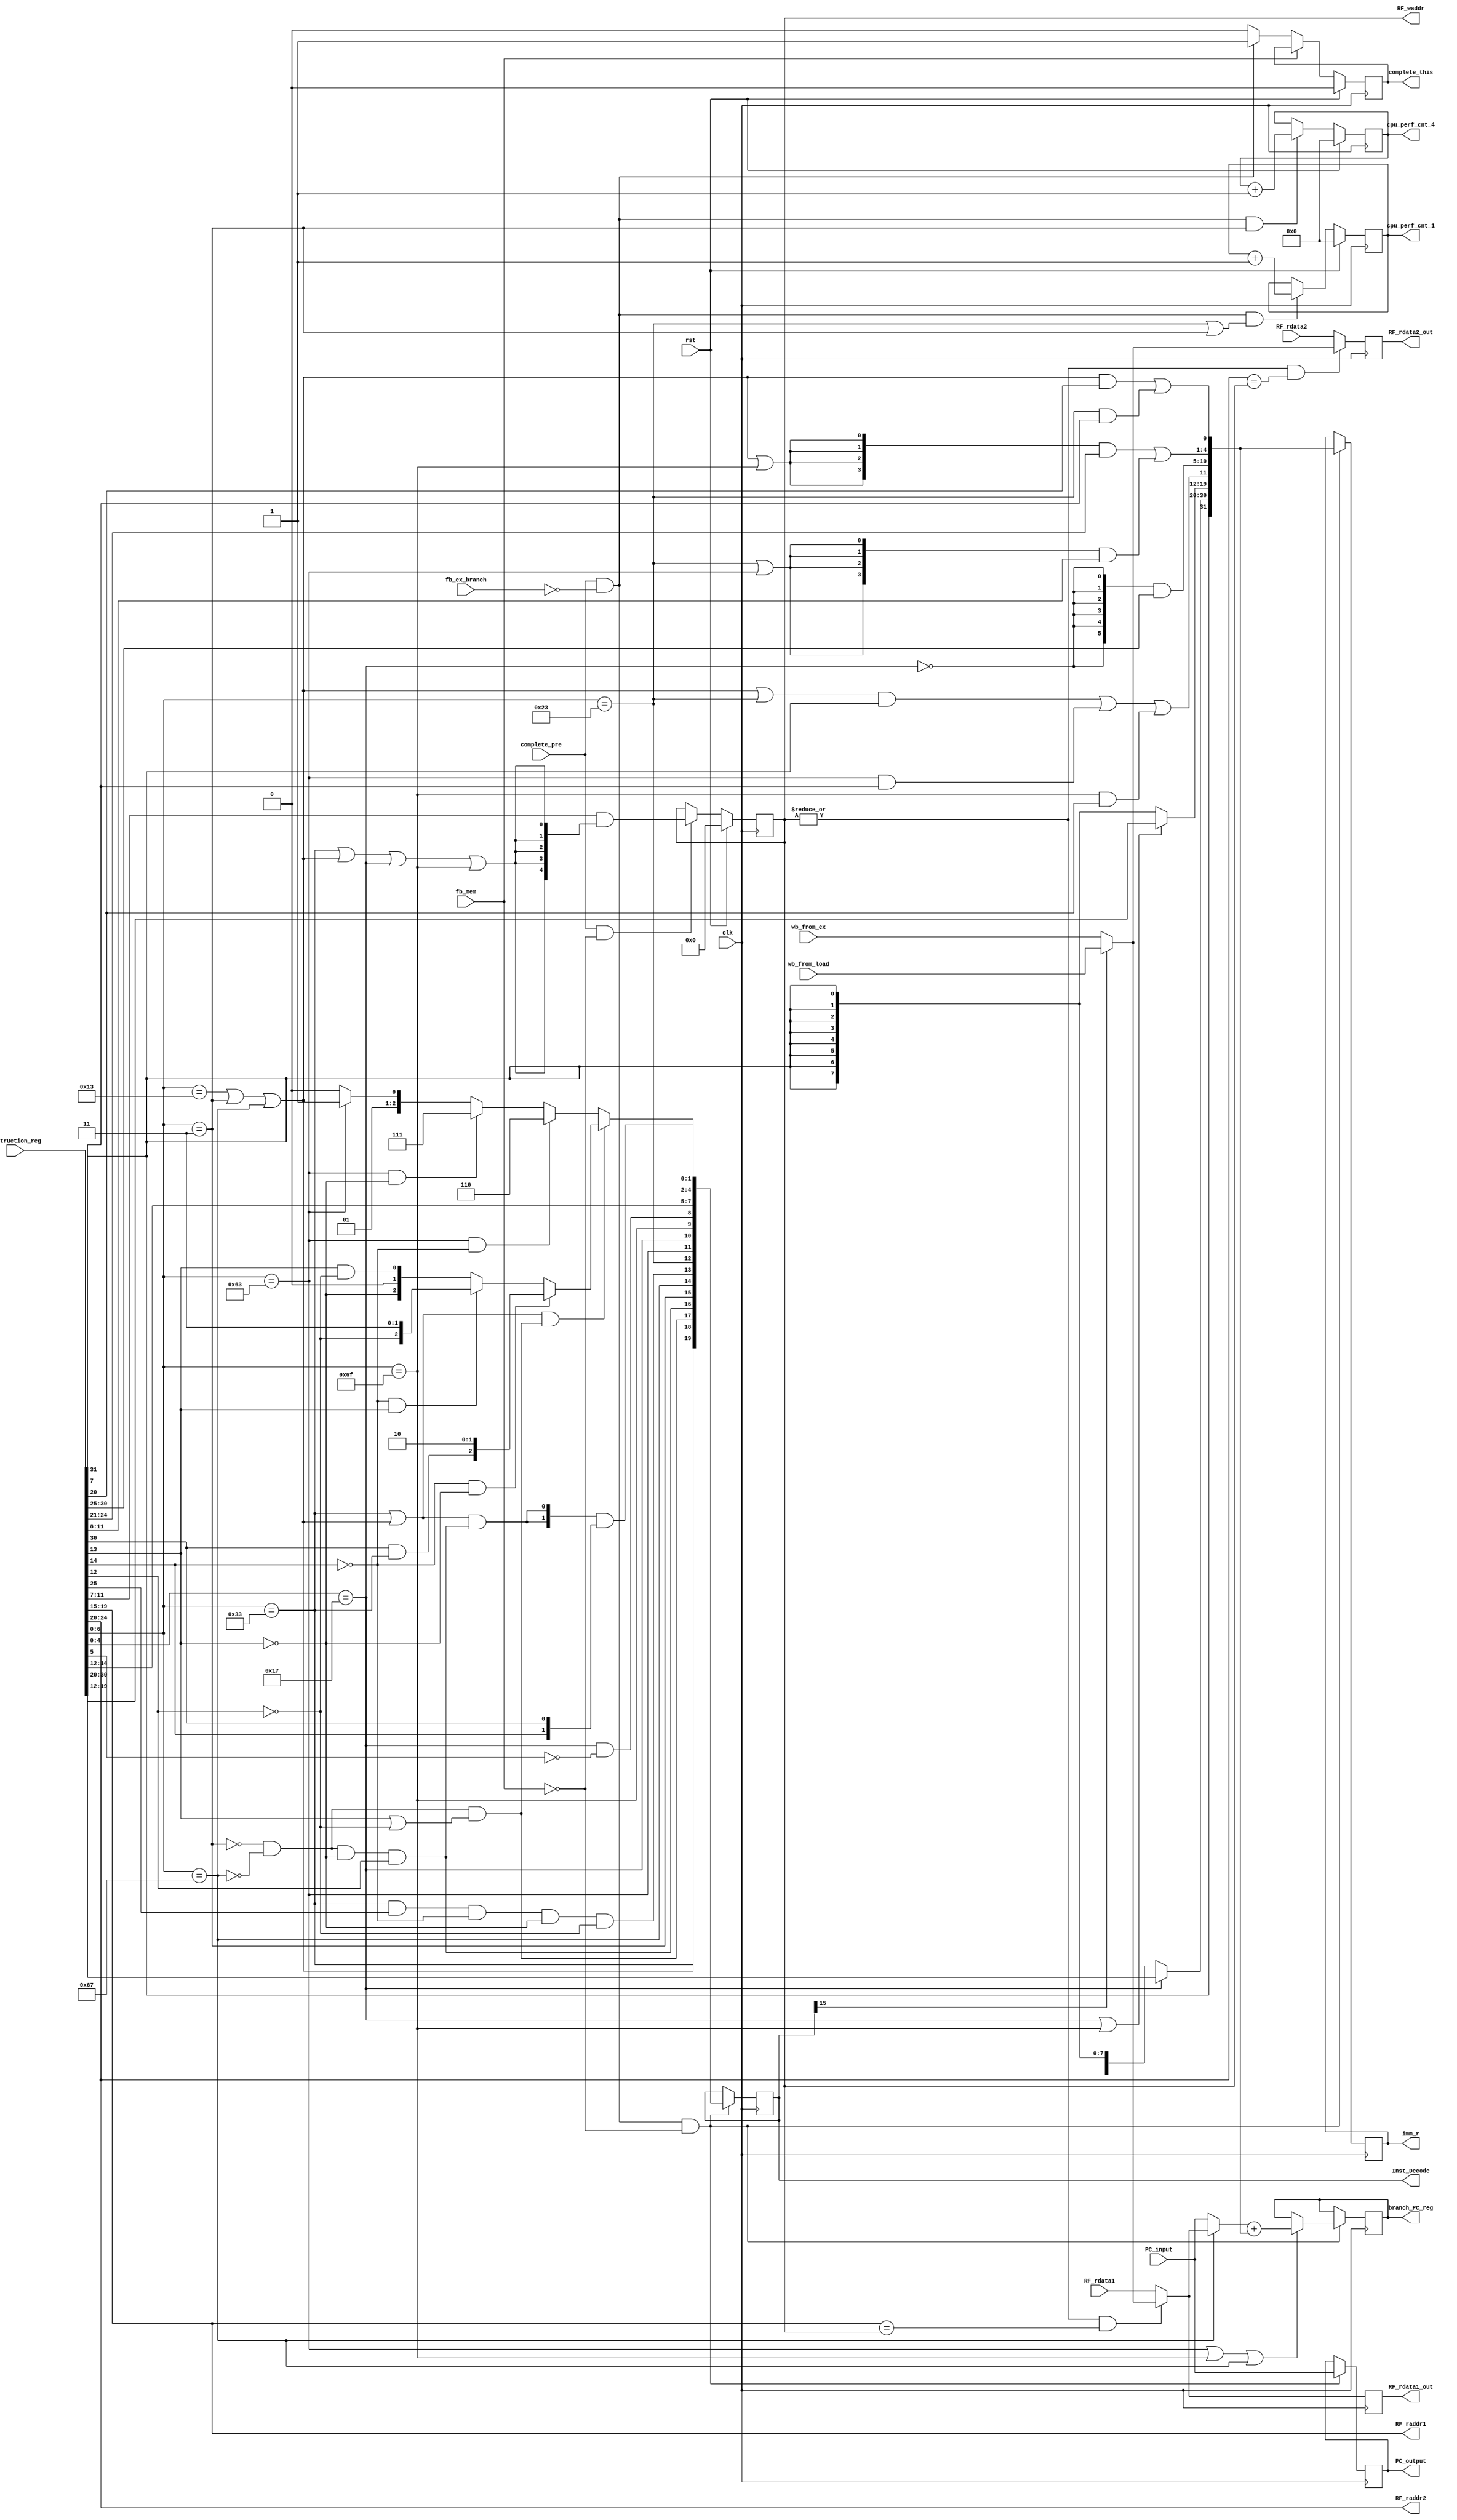
`timescale 10ns / 1ns

`define R_Type_opcode 7'b0110011
`define I_Type_opcode 7'b0010011
`define S_Type_opcode 7'b0100011
`define I_Type_load_opcode 7'b0000011
`define I_Type_jump_opcode 7'b1100111
`define B_Type_opcode 7'b1100011
`define U_Type_opcode 5'b10111
`define J_Type_opcode 7'b1101111

`define ALUOP_AND 3'b000
`define ALUOP_OR 3'b001
`define ALUOP_XOR 3'b100
`define ALUOP_NOR 3'b101
`define ALUOP_ADD 3'b010
`define ALU_SUB 3'b110
`define ALU_SLT 3'b111
`define ALU_SLTU 3'b011

module state_ID(
    input         		clk,
    input       		rst,

	input 				complete_pre,		//
	output reg 			complete_this,		//

	input      [31:0] 	PC_input,			//PC
	output reg [31:0] 	PC_output,			//PC

	output reg [31:0]   branch_PC_reg,		///PC()
    input  	   [31:0]	Instruction_reg,	//

	//
    input      [31:0] 	RF_rdata1,
    input 	   [31:0] 	RF_rdata2,
    output     [ 4:0] 	RF_raddr1,
    output     [ 4:0] 	RF_raddr2,
	output reg [ 4:0] 	RF_waddr,			//, 

	//
	output reg [31:0] 	RF_rdata1_out,
	output reg [31:0] 	RF_rdata2_out,

    output reg [19:0] 	Inst_Decode,		//(138)
    output reg [31:0] 	imm_r,				//

	input 			  	fb_ex_branch,		///
    input               fb_mem,             //

	input 	   [31:0] 	wb_from_ex,			//(loadex)
	input 	   [31:0] 	wb_from_load,		//(loadmem)

	output	   [31:0]	cpu_perf_cnt_1,
	output	   [31:0]	cpu_perf_cnt_4
);
	wire [31:0] branch_PC;
	wire R_Type;
	wire I_Type;
	wire S_Type;
	wire I_Type_load;
	wire I_Type_jump;
	wire B_Type;
	wire U_Type;
	wire J_Type;
    wire shift;
    wire calc;
    wire AUIPC;

    wire [7:0] funct7;
	wire [4:0] rs2;
	wire [4:0] rs1;
	wire [2:0] funct3;
	wire [4:0] rd;
	wire [6:0] opcode;
	wire mul;
	wire [31:0] imm;

	wire RFaddr_read1_equal_write;
	wire RFaddr_read2_equal_write;

    assign opcode = Instruction_reg[6:0];
	assign R_Type = opcode == `R_Type_opcode;
	assign I_Type = (opcode == `I_Type_opcode | opcode == `I_Type_load_opcode | opcode == `I_Type_jump_opcode);
	assign I_Type_load = opcode == `I_Type_load_opcode;
	assign I_Type_jump = opcode == `I_Type_jump_opcode;
	assign S_Type = opcode == `S_Type_opcode;
	assign B_Type = opcode == `B_Type_opcode;
	assign U_Type = opcode[4:0] == `U_Type_opcode;
	assign J_Type = opcode == `J_Type_opcode;
	assign mul = R_Type & funct7[0] & ~funct3[2] & ~funct3[1] & ~funct3[0];

	assign funct7 = Instruction_reg[31:25];
	assign rs2 = Instruction_reg[24:20];
	assign rs1 = Instruction_reg[19:15];
	assign rd = Instruction_reg[11:7] & ({5{R_Type | I_Type | U_Type | J_Type}});
	assign funct3 = Instruction_reg[14:12];
	wire [2:0] ALUop;
	wire [1:0] Shiftop;

    assign imm = {((U_Type)? Instruction_reg[31:20] : {12{Instruction_reg[31]}}), //31-20
                    ((U_Type | J_Type)? Instruction_reg[19:12] : {8{Instruction_reg[31]}}),    //19-12
                    (((I_Type | S_Type) & Instruction_reg[31]) | ((B_Type) & Instruction_reg[7]) | ((J_Type) & Instruction_reg[20])),   //11
                    ({6{~U_Type}} & Instruction_reg[30:25]),    //10-5
                    ({4{I_Type | J_Type}} & Instruction_reg[24:21] | {4{S_Type | B_Type}} & Instruction_reg[11:8]), //4-1
                    (I_Type & Instruction_reg[20] | S_Type & Instruction_reg[7])};  //0
	always @ (posedge clk) begin
		if (complete_pre & ~fb_ex_branch & ~fb_mem) imm_r <= imm;
	end
    
    assign ALUop = ((R_Type || I_Type) && calc)? ((~funct3[2] & ~funct3[1])? {funct7[5] & R_Type, 2'b10} :
												((~funct3[2] & funct3[1])? {~funct3[0], 2'b11} :
												{~funct3[1], 1'b0, funct3[1] & ~funct3[0]})) :
					((B_Type && ~funct3[2])? `ALU_SUB :
					((B_Type && ~funct3[1])? `ALU_SLT :
					((B_Type)? `ALU_SLTU :
					`ALUOP_ADD)));
	assign Shiftop = ({2{(R_Type || I_Type) && shift}}) & {funct3[2], funct7[5]};

    assign shift = ~I_Type_load & ~I_Type_jump & ~funct3[1] & funct3[0];
	assign calc = ~I_Type_load & ~I_Type_jump & (funct3[1] | ~funct3[0]);
    assign AUIPC = U_Type & (~opcode[5]);

	assign branch_PC = (I_Type_jump ? (RFaddr_read1_equal_write? (Inst_Decode[15]? wb_from_load : wb_from_ex) 
																: RF_rdata1): PC_input) + imm;
	
	always @ (posedge clk) begin
		if (complete_pre & ~fb_ex_branch & ~fb_mem) begin
			if (B_Type | J_Type | I_Type_jump)
				branch_PC_reg = branch_PC;
		end
	end

	always @ (posedge clk) begin
		if (complete_pre & ~fb_ex_branch & ~fb_mem)
			PC_output <= PC_input;
	end

    always @ (posedge clk) begin
        if (complete_pre & ~fb_ex_branch & ~fb_mem)
            Inst_Decode <= {
                R_Type, I_Type, calc, shift, I_Type_load, I_Type_jump, mul,	//19-13
                S_Type, B_Type, U_Type, J_Type, AUIPC,	//12-8
                funct3,	//7-5
                ALUop,	//4-2
                Shiftop	//1-0
            };              
    end

	always @ (posedge clk) begin
		if (rst) RF_waddr <= 5'b0;
		else if (complete_pre & ~fb_mem) RF_waddr <= rd;
	end

	assign RF_raddr1 = rs1;
	assign RF_raddr2 = rs2;

	assign RFaddr_read1_equal_write = (|RF_waddr & (RF_raddr1 == RF_waddr));
	assign RFaddr_read2_equal_write = (|RF_waddr & (RF_raddr2 == RF_waddr));

	always @ (posedge clk) begin
		if (RFaddr_read1_equal_write) begin
			if (Inst_Decode[15]) RF_rdata1_out <= wb_from_load;
			else RF_rdata1_out <= wb_from_ex;
		end
		else RF_rdata1_out <= RF_rdata1;
	end

	always @ (posedge clk) begin
		if (RFaddr_read2_equal_write) begin
			if (Inst_Decode[15]) RF_rdata2_out <= wb_from_load;
			else RF_rdata2_out <= wb_from_ex;
		end
		else RF_rdata2_out <= RF_rdata2;
	end

	always @ (posedge clk) begin
		if (rst) complete_this <= 0;
		else if (~fb_mem) begin
			if (complete_pre & ~fb_ex_branch)
				complete_this <= 1;
			else complete_this <= 0;
		end
	end

	reg [31:0] memory_cnt;
	reg [31:0] load_cnt;

	always @(posedge clk) begin
			if (rst) memory_cnt <= 32'b0;
			else if (complete_pre & ~fb_ex_branch & (S_Type | I_Type_load)) memory_cnt = memory_cnt +32'b1;
		end
		assign cpu_perf_cnt_1 = memory_cnt;
	
	always @(posedge clk) begin
		if (rst) load_cnt <= 32'b0;
		else if (complete_pre & ~fb_ex_branch & I_Type_load) load_cnt <= load_cnt + 32'b1;
	end
	assign cpu_perf_cnt_4 = load_cnt;
endmodule